Vaccination in Bombay 1856-1862 - 1856-1862
Year: 1856
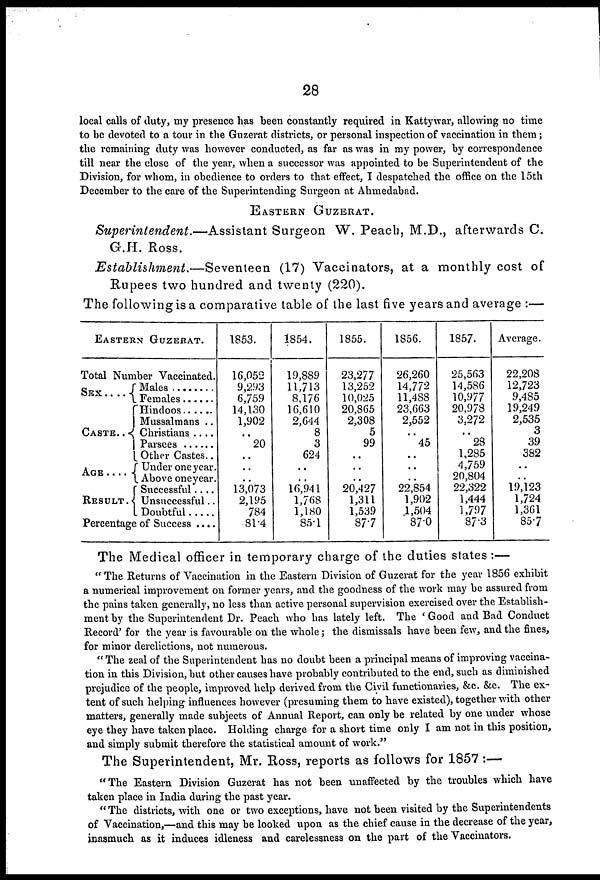
28
local calls of duty, my presence has been constantly required in Kattywar, allowing no time
to be devoted to a tour in the Guzerat districts, or personal inspection of vaccination in them;
the remaining duty was however conducted, as far as was in my power, by correspondence
till near the close of the year, when a successor was appointed to be Superintendent of the
Division, for whom, in obedience to orders to that effect, I despatched the office on the 15th
December to the care of the Superintending Surgeon at Ahmedabad.
EASTERN GUZERAT.
Superintendent.—Assistant
Surgeon W. Peach, M.D., afterwards C.
G.H. Ross.
Establishment.—Seventeen
(17) Vaccinators, at a monthly cost of
Rupees two hundred and twenty (220).
The following is a comparative table of the last five years and average :—
EASTERN GUZERAT.
Total Number Vaccinated.
SEX
....
CASTE..
AGE ....
RESULT.
Male........
Female ......
Hindoos ......
Mussalmans ..
Christians ....
Parsees ......
Other Castes..
Under one year.
Above one year.
Successful....
Unsuccessful..
Doubtful .....
Percentage of Success ....
1853.
16,052
9,293
6,759
14,130
1,902
..
20
..
..
..
13,073
2,195
784
81.4
1854.
19,889
11,713
8,176
16,610
2,644
8
3
624
..
..
16,941
1,768
1,180
85.1
1855.
23,277
13,252
10,025
20,865
2,308
5
99
..
..
..
20,427
1,311
1,539
87.7
1856.
26,260
14,772
11,488
23,663
2,552
..
45
..
..
..
22,854
1,902
1,504
87.0
1857.
25,563
14,586
10,977
20,978
3,272
..
28
1,285
4,759
20,804
22,322
1,444
1,797
87.3
Average.
22,208
12,723
9,485
19,249
2,535
3
39
382
..
..
19,123
1,724
1,361
85.7
The Medical officer in temporary charge of the duties states:—
" The Returns of Vaccination in the Eastern Division of Guzerat for the year 1856 exhibit
a numerical improvement on former years, and the goodness of the work may be assured from
the pains taken generally, no less than active personal supervision exercised over the Establish-
ment by the Superintendent Dr. Peach who has lately left. The ' Good and Bad Conduct
Record' for the year is favourable on the whole; the dismissals have been few, and the fines,
for minor derelictions, not numerous.
" The zeal of the Superintendent has no doubt been a principal means of improving vaccina-
tion in this Division, but other causes have probably contributed to the end, such as diminished
prejudice of the people, improved help derived from the Civil functionaries, &c. &c. The ex-
tent of such helping influences however (presuming them to have existed), together with other
matters, generally made subjects of Annual Report, can only be related by one under whose
eye they have taken place. Holding charge for a short time only I am not in this position,
and simply submit therefore the statistical amount of work."
The Superintendent, Mr. Ross, reports as follows for 1857 :—
"The Eastern Division Guzerat has not been unaffected by the troubles which have
taken place in India during the past year.
" The districts, with one or two exceptions, have not been visited by the Superintendents
of Vaccination,—and this may be looked upon as the chief cause in the decrease of the year,
inasmuch as it induces idleness and carelessness on the part of the Vaccinators.